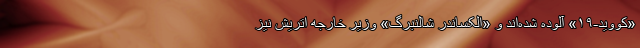
«کووید-۱۹» آلوده شده‌اند و «الکساندر شالنبرگ» وزیر خارجه اتریش نیز